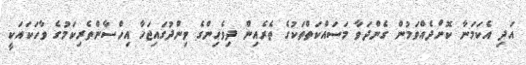
އަދި އެކަމަނާ ކޮށްދެއްވަމުން ގެންދަވާ މަސައްކަތްތަކުގެ ތެރެއިން ދިވެހިންގެ ވިންދުގައިޖަހާ އިހްސާންތެރިކަމުގެ ވާހަކައަކީ